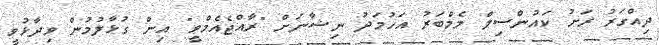
ދިއްގަރު ރަށު ކައުންސިލް މެމްބަރު އަހުމަދު ނިޝާނަށް "ރާއްޖެއެމްވީ" އިން ގުޅާލުމުން ވިދާޅުވީ